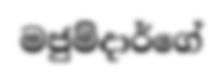
මජුම්දාර්ගේ